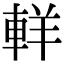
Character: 𨋽